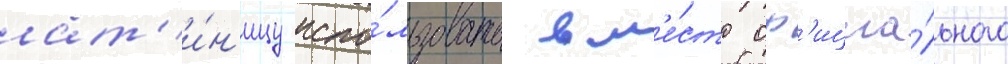
лат'и́н'ицу испо́льзовать вм'е́сто оф'ициа́льного